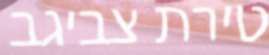
טירת צביגב